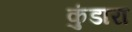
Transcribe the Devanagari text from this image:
कुंडारा